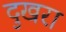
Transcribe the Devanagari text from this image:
दुखरा